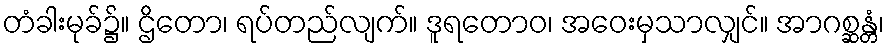
တံခါးမုခ်၌။ ဌိတော၊ ရပ်တည်လျက်။ ဒူရတောဝ၊ အဝေးမှသာလျှင်။ အာဂစ္ဆန္တံ၊